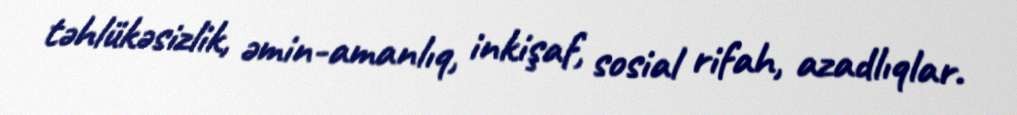
təhlükəsizlik, əmin-amanlıq, inkişaf, sosial rifah, azadlıqlar.